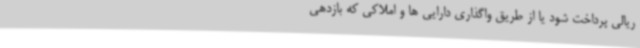
ریالی پرداخت شود یا از طریق واگذاری دارایی ها و املاکی که بازدهی